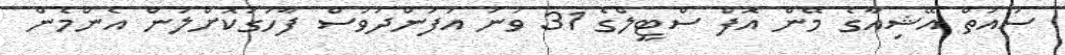
ސައުތް އޭޝިއާގެ މޭން އޮފް ސްޓީލްގެ 31 ވަނަ އުފަންދުވަސް ފާހަގަކޮށްލަން އެންމެން